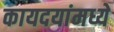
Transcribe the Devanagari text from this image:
कायदयांमध्ये